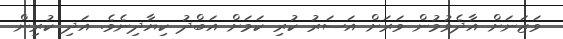
ވަޒަނަށް އާދެވުމުން ވަރަށް އަސަރު ކުރި ކަމަށް އަބްދު ކިޔާދިނެވެ. އަދި ކުރިން